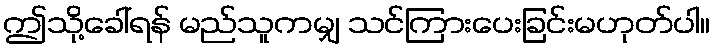
ဤသို့ခေါ်ရန် မည်သူကမျှ သင်ကြားပေးခြင်းမဟုတ်ပါ။